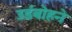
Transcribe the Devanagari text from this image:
उर्डबोहने